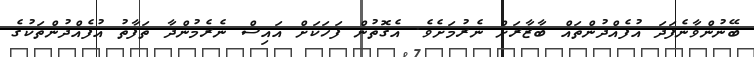
ބޭނުންވާނެފަދަ އުފެއްދުންތައް ބާޒާރަށް ނެރުމަށެވެ. އެގޮތުން ފަހަކަށް އައިސް ނެރެމުންދާ ތަފާތު އުފެއްދުންތަކުގެ